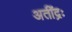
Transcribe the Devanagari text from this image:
अतींद्रः